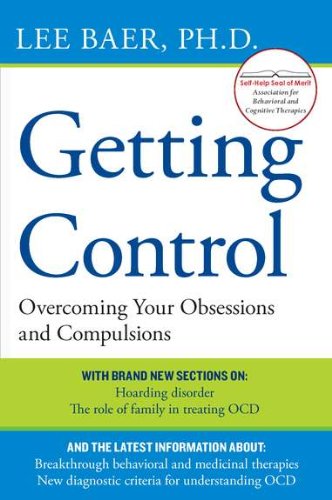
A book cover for Getting Control: Overcoming Your Obsessions and Compulsions; Lee Baer; Self-Help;